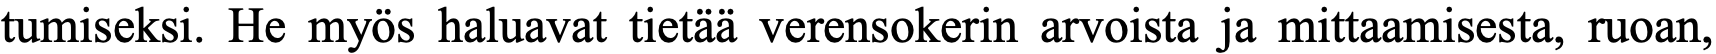
tumiseksi. He myös haluavat tietää verensokerin arvoista ja mittaamisesta, ruoan,